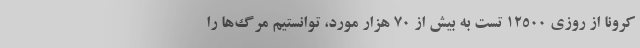
کرونا از روزی 12500 تست به بیش از 70 هزار مورد، توانستیم مرگ‌‌ها را